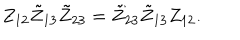
Z _ { 1 2 } \tilde { Z } _ { 1 3 } \tilde { Z } _ { 2 3 } = \tilde { Z } _ { 2 3 } \tilde { Z } _ { 1 3 } Z _ { 1 2 } .